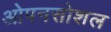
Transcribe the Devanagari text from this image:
ओपनसोशल